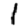
Digit: 1